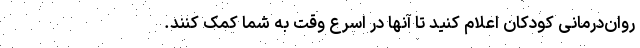
روان‌درمانی کودکان اعلام کنید تا آنها در اسرع وقت به شما کمک کنند.